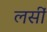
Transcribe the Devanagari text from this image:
लसीं